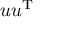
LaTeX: u u ^ { \mathrm { T } }